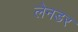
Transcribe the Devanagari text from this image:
लेनडर